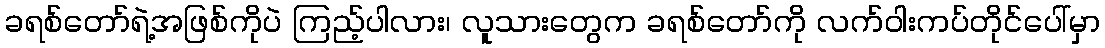
ခရစ်တော်ရဲ့အဖြစ်ကိုပဲ ကြည့်ပါလား၊ လူသားတွေက ခရစ်တော်ကို လက်ဝါးကပ်တိုင်ပေါ်မှာ